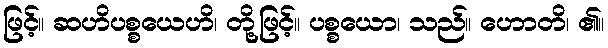
ဖြင့်။ ဆဟိပစ္စယေဟိ၊ တို့ဖြင့်။ ပစ္စယော၊ သည်။ ဟောတိ၊ ၏။